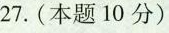
27.(本题10分)